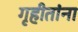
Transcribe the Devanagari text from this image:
गृहीतांना